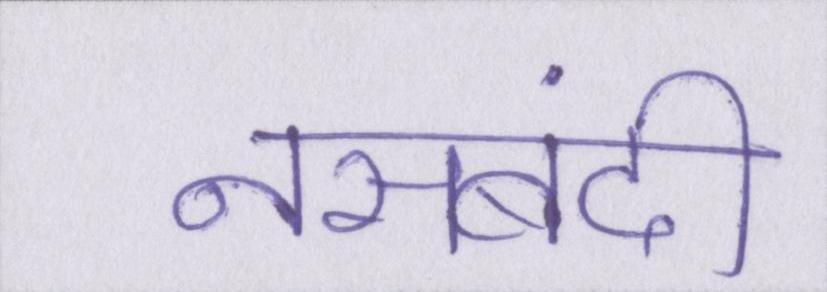
नसबंदी